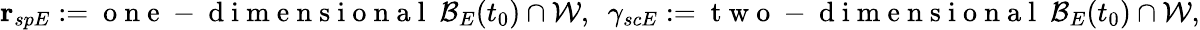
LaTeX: \mathbf{r}_{spE}:=\mathrm{~o~n~e~-~d~i~m~e~n~s~i~o~n~a~l~}\ \mathcal{B}_{E}(t_{0})\cap\mathcal{W},\ \ \gamma_{scE}:=\mathrm{~t~w~o~-~d~i~m~e~n~s~i~o~n~a~l~}\ \mathcal{B}_{E}(t_{0})\cap\mathcal{W},